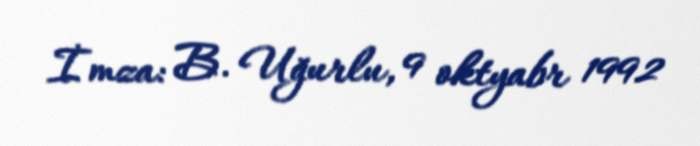
İmza: B. Uğurlu, 9 oktyabr 1992